Annual statistical returns and brief notes on vaccination in Bengal - 1896-1909
Year: 1896
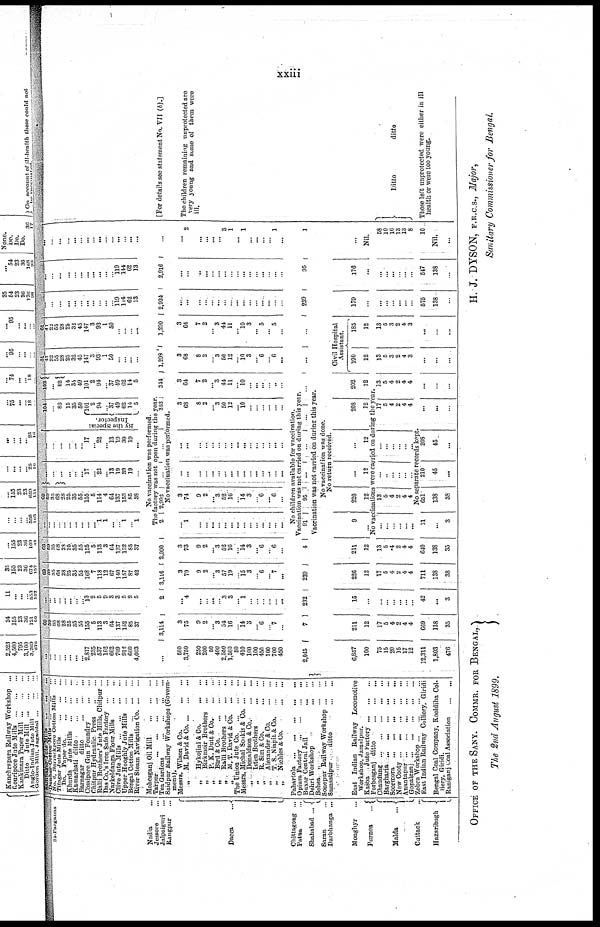
xxiii
24-Parganas
Nadia ...
Jessore
...
Jalpaiguri ...
Rangpur ...
Dacca ...
Chittagong ...
Patna ...
Shahabad
...
Saran ...
Darbhanga ...
Monghyr ...
Purnea
...
Malda
...
Cuttack ...
Hazaribagh
Samnagar Jute Mills ... ... ...
Dunbur Cottan Mills
...
...
...
No. 6, Barrackpore Cotton Mills ...
Titagar Jute Mills
...
...
...
Do. Paper do.
...
...
...
Khurda Jute Mills
...
...
...
Kamarhati ditto
...
...
...
Barnagar
ditto
...
...
...
Cossipore Gun Foundry
...
...
Chitpur Hydraulic. Press
...
...
Ralli Brothers' Jute Mills, Chitpur ...
Das Co.'s Iron Safe Factory
...
...
Narkeldanga Flour Mills
...
...
Clive Jute Mills
...
...
...
...
Upper Hooghly Jute Mills
...
...
Bengal Cotton Mills
...
...
...
River Steam Navigation Co. ... ...
Mohesganj Oil Mill
...
...
...
Tarpur
...
...
...
...
...
Tea Gardens
...
...
...
...
Saidpur Railway Workshops (Govern-
ment).
Messrs. Wilson & Go.
...
...
„
M. David & Co. ... ... ...
„
Hykojini & Co.
...
...
„
Birkmoir Brothers
...
...
„
P. K. Dutt & Co.
...
...
„
Bird & Co.
...
...
...
„
Ralli Brothers ... ... ...
„
M.T. David & Co. ... ...
The Union Jute Co. ... ... ...
Messrs. Michal Sookis & Co. ... ...
„
Donaldson & Co.
...
...
„
Isten Brothers
...
...
„
R. Sim & Co.
...
...
„
Alexander & Co.
...
...
„
T. S. Niapit & Co.
...
...
„
Nichles & Co.
...
...
Pahartola
...
...
...
...
...
Opium Factory
...
...
...
...
Buxar Central Jail
...
...
Dehri Workshop
...
...
Behea
...
...
Sonepur Railway Workshop ... ...
Samastipur.
ditto
...
...
East Indian Railway Locomotive
Workshop, Jamalpur.
Kasba Jute Factory ... ... ...
Forbesganj ditto
...
...
...
Chaudung
...
...
...
...
...
Bargharia
...
...
...
...
...
Soormora
...
...
...
...
...
New Cooty
...
...
...
...
...
Anantapur
...
...
...
...
...
Gopalganj
...
...
...
...
...
Zobra Workshop ... ... ... ... ...
East Indian Railway Colliery, Giridi
Bengal Coal Company, Kooldiha Col-
liery, Giridi.
Raniganj coal Association
...
...
...
...
...
...
...
...
...
... 2,817
235
537
162
662
709
912
660
4,003
69
59
35
68
28
25
35
55
155
5
113
3
64
137
152
85
37
...
...
...
...
...
...
...
...
13
2
5
9
3
3
5
2
5
69
59
35
68
28
25
35
55
168
7
118
12
67
140
157
87
42
69
59 35
68
28
25
35
55
155
5
113
3
64
137
152
85
37
...
...
...
...
...
...
...
...
...
... 1
1
...
...
1
... 1
69
59
35
68
28
25
35
55
155
5
114
4
64
137
153
85
38
...
...
...
...
...
... 17
... 23
... 13
19
39
19
...
...
...
...
...
...
... 17
...
22
... 13
19
39
19
...
104
...
82
15
35
50
By the Special
Inspector.
101
2
94
...
37
49
62
14
5
102
...
82
14
35
49
101
2
94
... 37
49
62
14
5
61
41
22 55
28
25
32
45
147
3
93
1
50
...
...
...
...
61
41
22 28
...
25
32
45
147
3
93
1
50
...
...
...
...
...
...
...
...
...
...
...
...
...
... ...
...
...
119
144
62
13
...
...
... ...
...
...
...
...
...
... ...
...
...
119
144
62
13
...
...
...
...
...
...
...
...
...
...
...
...
...
...
...
...
...
No vaccination was performed.
The factory was not open during the year.
...
3,114
2
3,116
2,990
2
2,992
... ...
352
344
1,298
1,290
2,924
2,916 ...
No vaccination was performed.
500
3,750
250
200
50
400
2,550
1,500
50
410
100
100
450
100
700
450
3
75
9
2
...
3
54
16
...
14
3
...
...
...
7
...
...
4
...
...
...
...
3 3
...
1
...
...
...
...
...
...
3
79
9
2
...
3
57
19
...
15
3
...
6
...
7
...
3
73
9
2
...
3
52
16
... 14
3
...
6
...
6
...
...
1
...
...
...
...
...
...
...
...
...
...
...
...
...
...
3
74
9
2
...
3
52
16
... 14
3
...
6
...
6
...
...
...
...
...
...
...
... ...
...
...
...
...
...
...
...
...
...
...
...
...
...
...
...
...
...
...
...
...
...
...
...
...
3
68
8
2
...
3
50
12
...
10
...
...
...
...
...
...
3
64
7
2
... 3
44
11
... 10
...
...
...
... ...
...
3
68
8
2
...
3
50
12
... 10
3
... 6
... 6
...
3
64
7
2
...
3
44
11
... 10
3
... 5
... 5
...
...
...
...
...
...
...
...
...
...
...
...
... ...
...
...
...
...
...
...
...
...
...
...
...
...
...
...
...
...
...
...
...
...
2
...
...
...
...
3
1
... 1
...
...
...
...
1
...
No children available for vaccination.
Vaccination was not carried on during this year.
2,045
7
232
239
4
91 95 ...
...
...
...
...
...
239
95
1
Vaccination was not carried on during this year.
No vaccination was done.
No return received.
6,857
100
211
12
15
...
226
12
211
12
9
...
220
12
...
12
...
12
208
12
202
12
Civil Hospital
Assistant.
190
12
185
12
179
...
176
...
...
Nil.
No vaccinations were carried on during the year.
75
15
20
15
17
12
17
5
4
2
4
4
...
...
...
...
...
...
17
5
4
2
4
4
13
5
4
2
4
4
...
...
...
...
...
...
13
5
4 2
4
4
...
...
...
...
...
...
...
...
...
...
...
...
17
5
4
2
4
4
13
5
4
2
4
4
13
5
3
2
4
3
13
5
3
2
4
3
...
...
...
...
...
...
...
...
...
...
...
...
58
10
16
13
13
8
No separate records kept.
12,311
1,803
476
669
138
35
42
...
3
711
138
38
640
138
35
11
...
3
651
138
38
210
45
...
208
45
...
...
...
...
...
...
...
...
...
...
...
...
...
575
138
...
547
138
...
10
Nil.
...
[For details see statement No. VII (b).]
The children remaining unprotected are
very young and some of them were
ill.
Ditto
ditto
Those left unprotected were either in ill
health or were too young.
OFFICE OF THE SANY. COMMR. FOR BENGAL,
The 2nd August 1899.
H. J. DYSON, F.R.C.S., Major,
Sanitary Commissioner for Bengal.